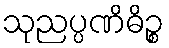
သုညပ္ပဏိဓိဉ္စ